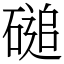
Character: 磓